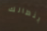
بنطالك